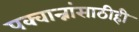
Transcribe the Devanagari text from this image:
पक्वान्नांसाठीही